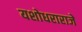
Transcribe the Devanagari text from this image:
यशोधराराजे